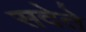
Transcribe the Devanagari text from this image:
सदेते